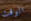
الوقت